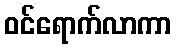
ဝင်ရောက်လာကာ